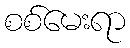
စစ်မေးရာ